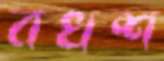
বখশ